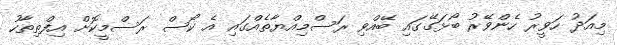
މިއަދު ހަވީރު ހެންވޭރު ބޯޅަގޭގައި ބޭއްވި ރަސްމިއްޔާތެއްގައި އެ ކޯސް ރަސްމީކޮށް އިފްތިތާހު